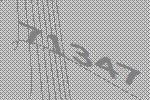
71347